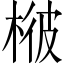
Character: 𣔓